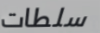
سلطات